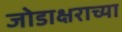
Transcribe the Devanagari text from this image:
जोडाक्षराच्या